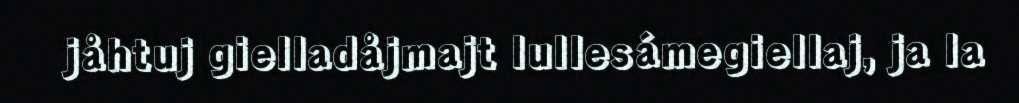
jåhtuj gielladåjmajt lullesámegiellaj, ja la